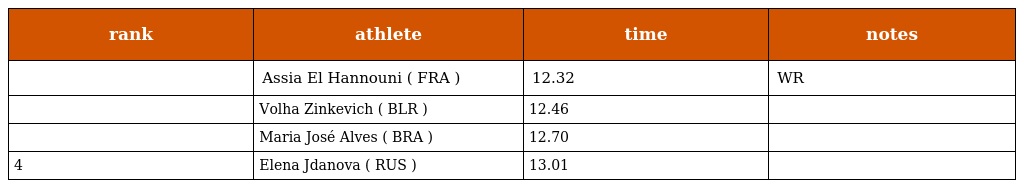
| rank | athlete | time | notes |
 | --- | --- | --- | --- |
 |  | Assia El Hannouni ( FRA ) | 12.32 | WR |
 |  | Volha Zinkevich ( BLR ) | 12.46 |  |
 |  | Maria José Alves ( BRA ) | 12.70 |  |
 | 4 | Elena Jdanova ( RUS ) | 13.01 |  |